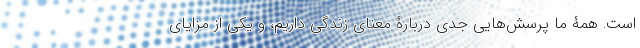
است. همۀ ما پرسش‌هایی جدی دربارۀ معنای زندگی داریم، و یکی از مزایای